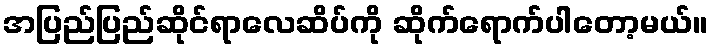
အပြည်ပြည်ဆိုင်ရာလေဆိပ်ကို ဆိုက်ရောက်ပါတော့မယ်။